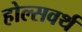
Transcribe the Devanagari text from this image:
होल्सवर्थ